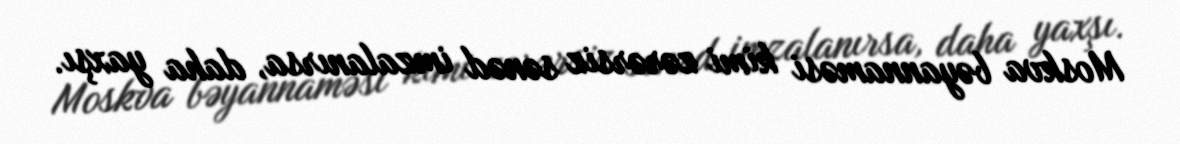
Moskva bəyannaməsi kimi zərərsiz sənəd imzalanırsa, daha yaxşı.